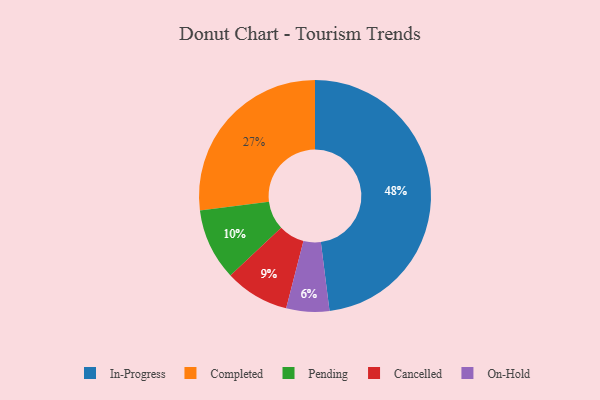
{"axis": {"x": "Category", "y": "Percentage"}, "legend": ["Cancelled", "Completed", "In-Progress", "On-Hold", "Pending"], "data": [{"x": "Completed", "y": 27, "type": "Completed"}, {"x": "On-Hold", "y": 6, "type": "On-Hold"}, {"x": "Cancelled", "y": 9, "type": "Cancelled"}, {"x": "In-Progress", "y": 48, "type": "In-Progress"}, {"x": "Pending", "y": 10, "type": "Pending"}]}